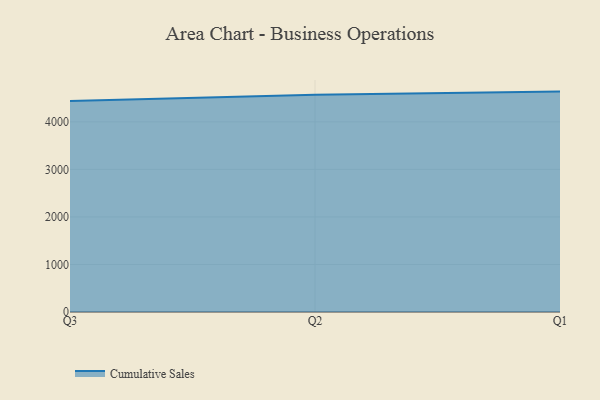
{"axis": {"x": "Quarter", "y": "Budget (USD K)"}, "legend": ["Cumulative Sales"], "data": [{"x": "Q3", "y": 4438.5, "type": "Cumulative Sales"}, {"x": "Q2", "y": 4568.9, "type": "Cumulative Sales"}, {"x": "Q1", "y": 4636.8, "type": "Cumulative Sales"}]}